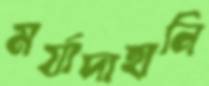
মর্যাদাহানি